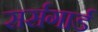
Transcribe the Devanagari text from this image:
सर्सगार्ड